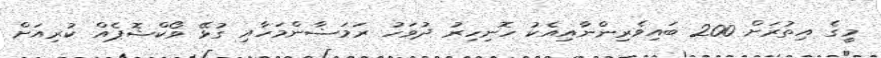
މީގެ އިތުރަށް 200 ބައިވެރިންނާއިއެކު ހޮނިހިރު ދުވަހު ރަމަޟާންމަހާއި ގުޅޭ ވޯކްޝޮޕެއް ކުރިއަށް